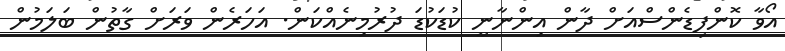
އޯވާ ކޮންފިޑެންސްއަށް ދާން އިންނާނީ ކުޑަކުޑަ ދުރުމިނެއްކަން. އަހަރެން ވަރަށް ގާތުން ބަލަމުން